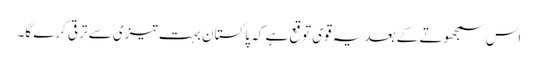
اس سمجھوتے کے بعد یہ قوی توقع ہے کہ پاکستان بہت تیزی سے ترقی کرے گا۔